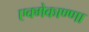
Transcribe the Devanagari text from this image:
एक्मेकाण्णा